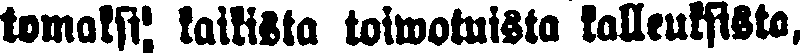
tomaksi kaikista toiwotuista kalleuksista,